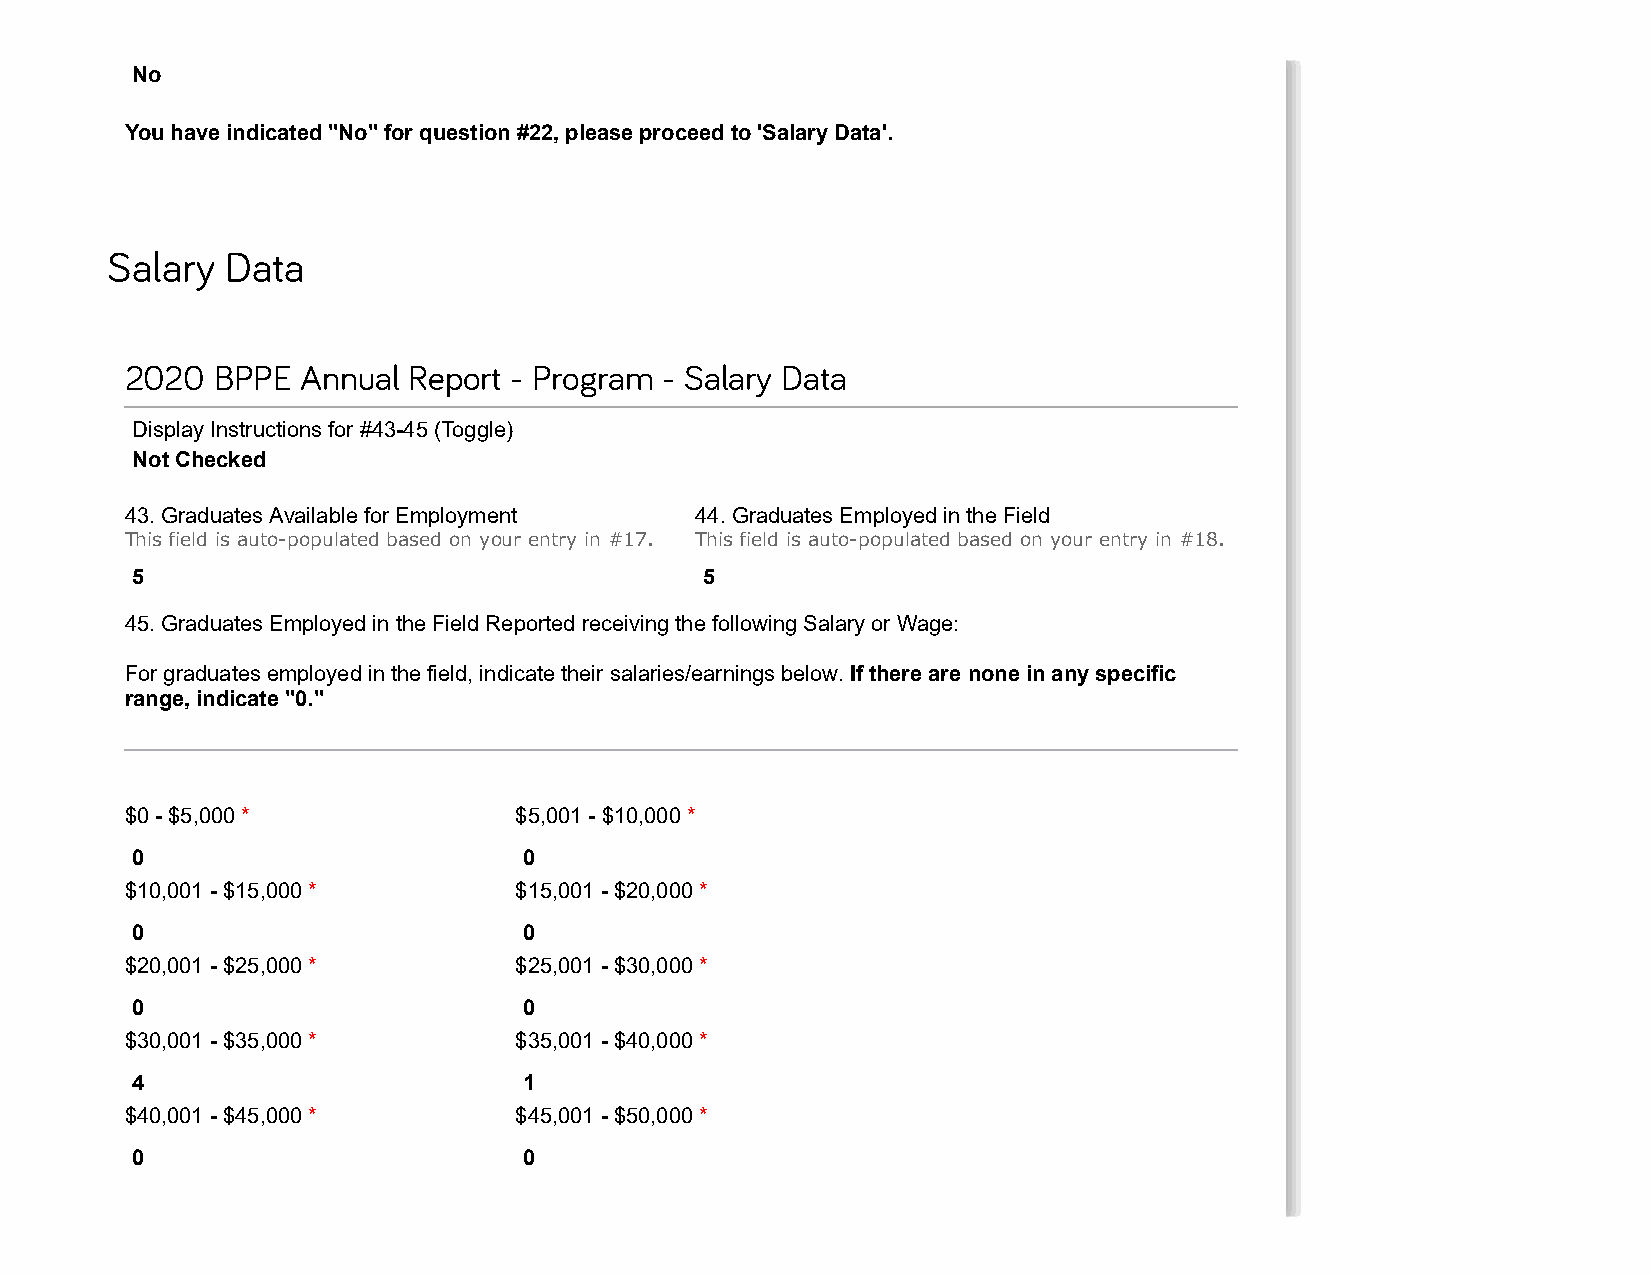
No
 You have indicated "No" for question #22, please proceed to 'Salary Data'.
 Salary  Data
 2020  BPPE  Annual Report - Program - Salary Data
 Display Instructions for #43-45 (Toggle)
 Not Checked
 43. Graduates Available for Employment 44. Graduates Employed in the Field
 This field is auto-populated based on your entry in #17. This field is auto-populated based on your entry in #18.
 5                                     5
 45. Graduates Employed in the Field Reported receiving the following Salary or Wage:
 For graduates employed in the field, indicate their salaries/earnings below. If there are none in any specific
 range, indicate "0."
 $0 - $5,000 *             $5,001 - $10,000 *
 0                         0
 $10,001 - $15,000 *       $15,001 - $20,000 *
 0                         0
 $20,001 - $25,000 *       $25,001 - $30,000 *
 0                         0
 $30,001 - $35,000 *       $35,001 - $40,000 *
 4                         1
 $40,001 - $45,000 *       $45,001 - $50,000 *
 0                         0